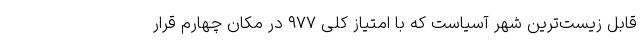
قابل زیست‌ترین شهر آسیاست که با امتیاز کلی ۹۷۷ در مکان چهارم قرار